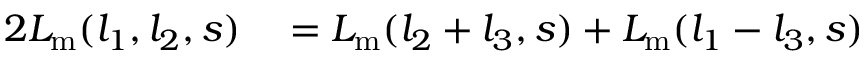
\begin{array} { r l } { 2 L _ { \mathrm { m } } ( l _ { 1 } , l _ { 2 } , s ) } & { { } = L _ { \mathrm { m } } ( l _ { 2 } + l _ { 3 } , s ) + L _ { \mathrm { m } } ( l _ { 1 } - l _ { 3 } , s ) } \end{array}